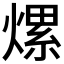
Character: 𤍶